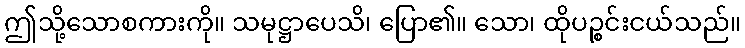
ဤသို့သောစကားကို။ သမုဋ္ဌာပေသိ၊ ပြော၏။ သော၊ ထိုပဉ္စင်းငယ်သည်။